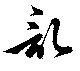
記